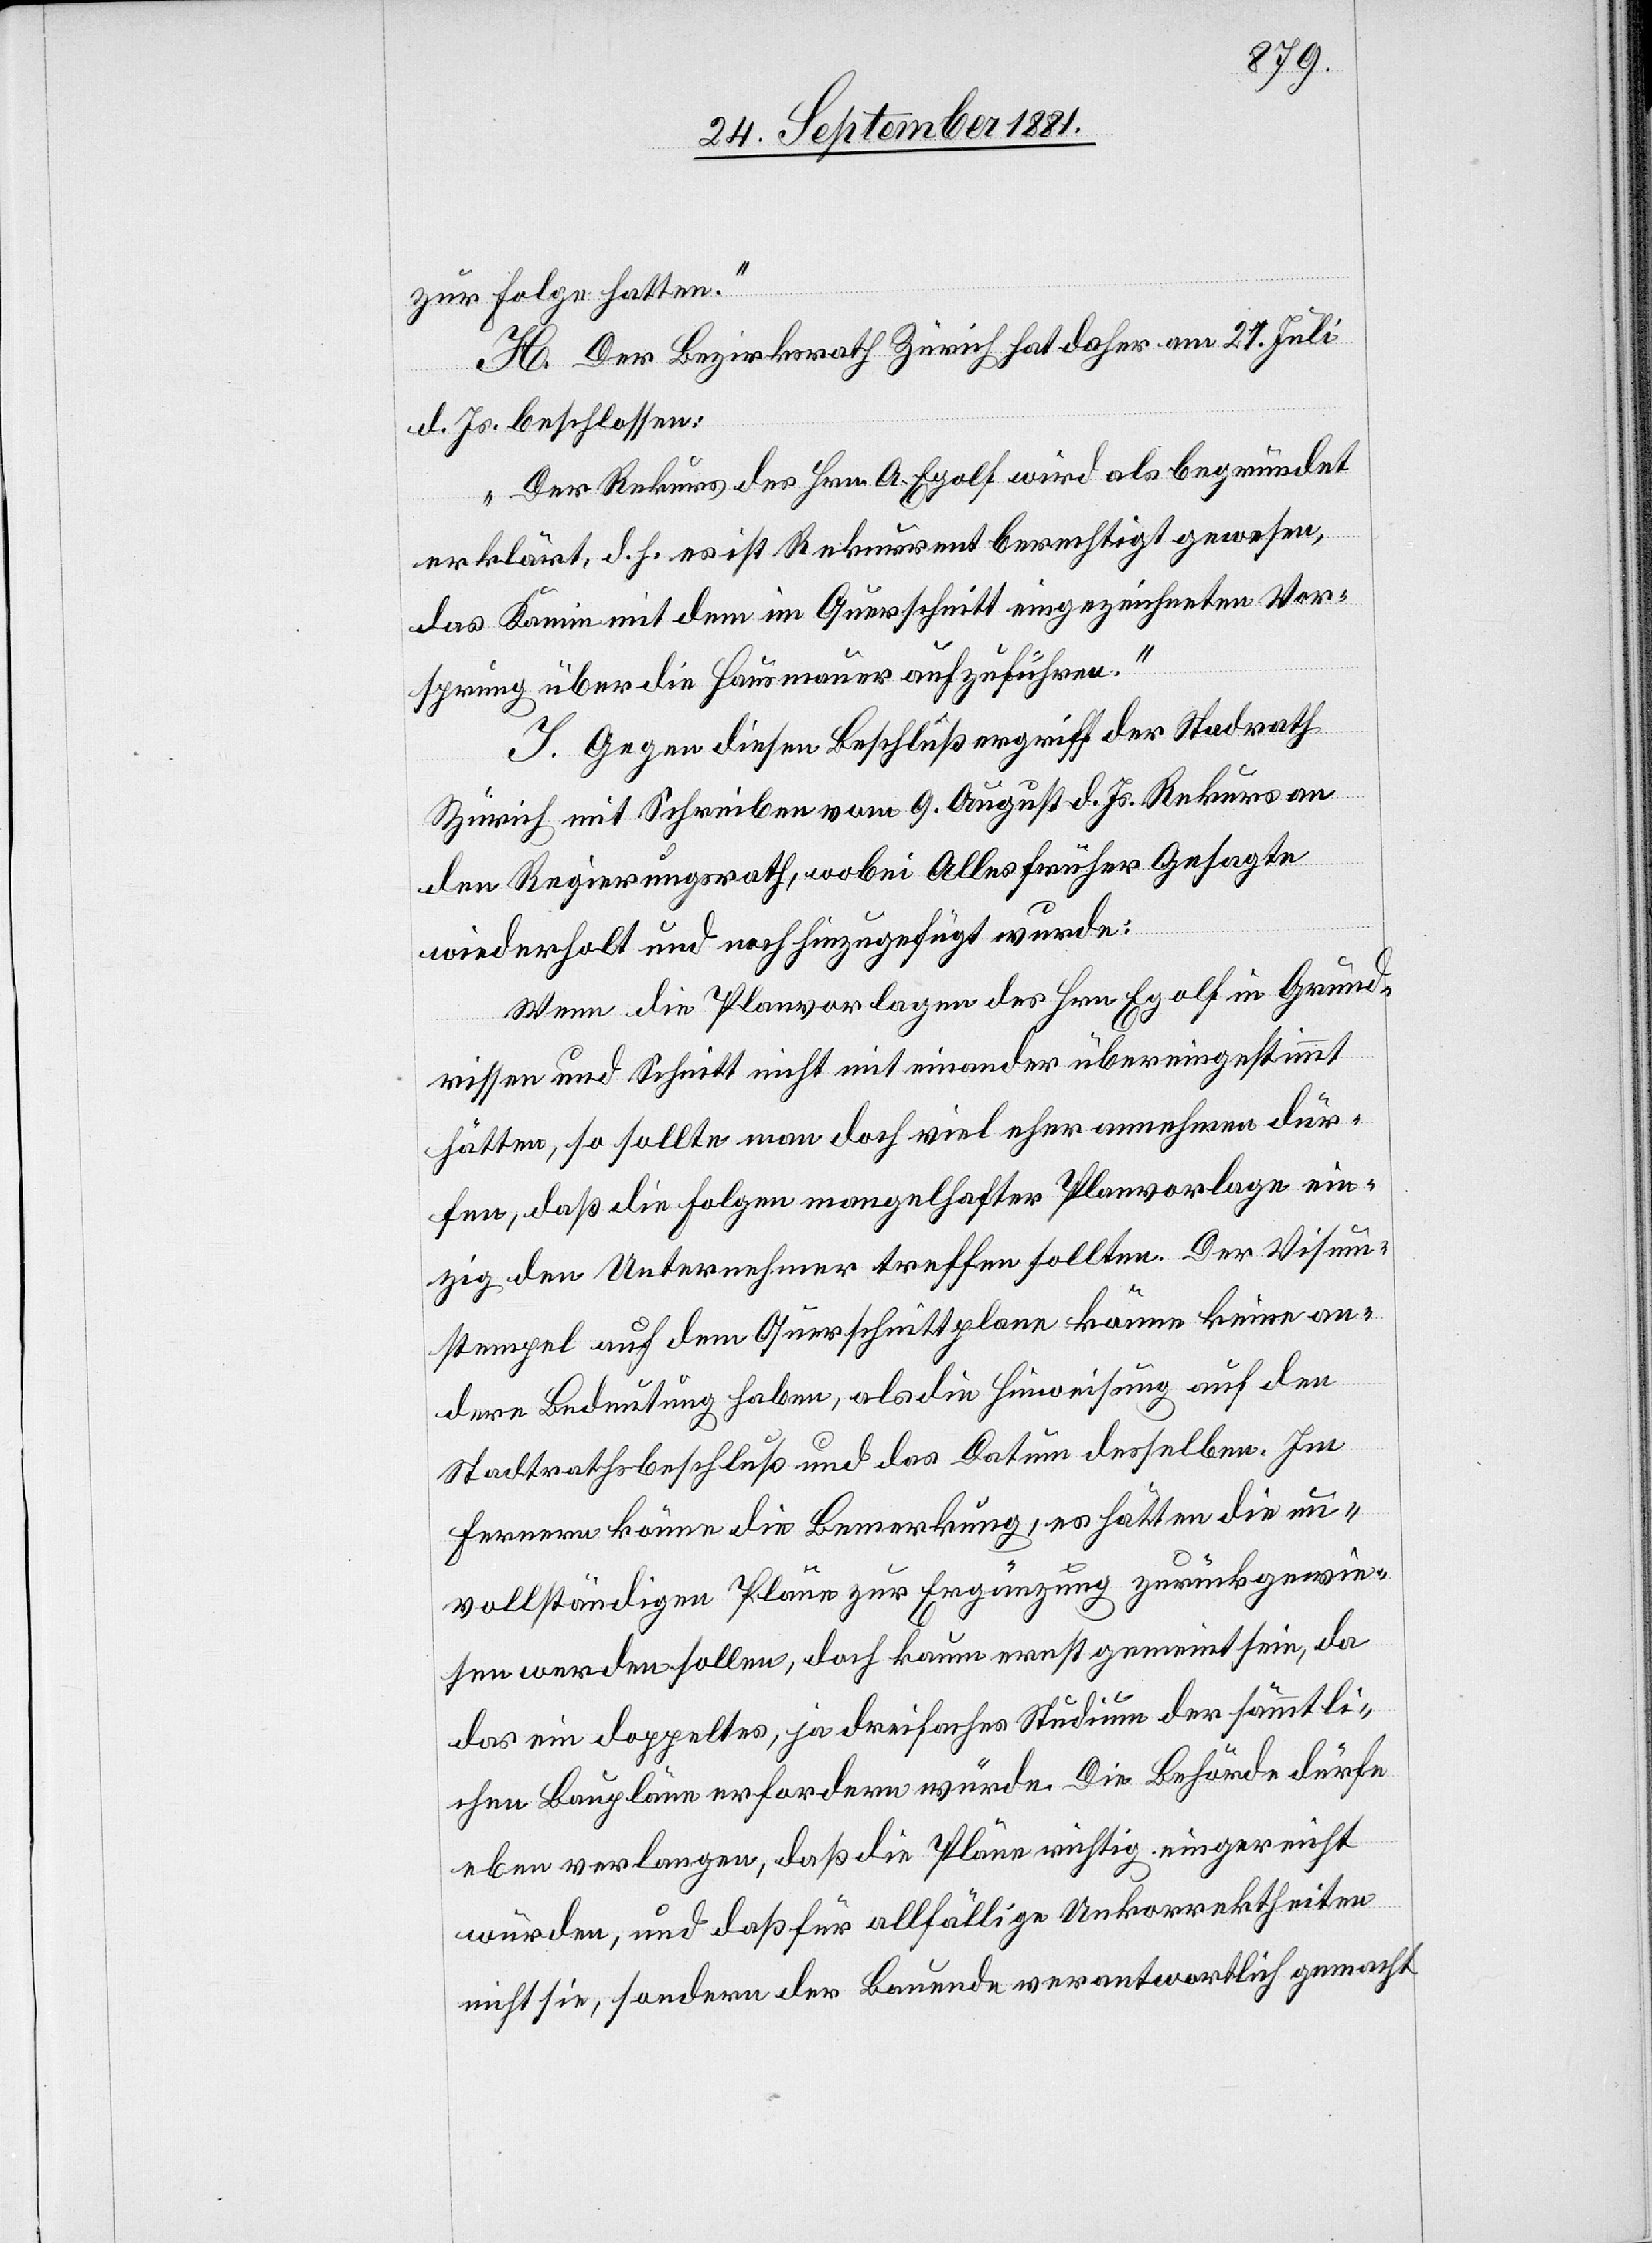
zur Folge hatten.“
H. Der Bezirksrath Zürich hat daher am 21. Juli
d. Js. beschlossen:
„Der Rekurs des Hrn. A. Egolf wird als begründet
erklärt, d. h. es ist Rekurrent berechtigt gewesen,
das Kamin mit dem im Querschnitt eingezeichneten Vor¬
sprung über die Hausmauer aufzuführen.“
J. Gegen diesen Beschluß ergriff der Stadtrath
Zürich mit Schreiben vom 9. August d. Js. Rekurs an
den Regierungsrath, wobei Alles früher Gesagte
wiederholt und noch hinzugefügt wurde:
Wenn die Planvorlagen des Hrn. Egolf in Grund¬
rissen und Schnitt nicht mit einander übereingestimmt
hätten, so sollte man doch viel eher annehmen dür¬
fen, daß die Folgen mangelhafter Planvorlage ein¬
zig den Unternehmer treffen sollten. Der Visum¬
stempel auf dem Querschnittplan könne keine an¬
dere Bedeutung haben, als die Hinweisung auf den
Stadtrathsbeschluß und das Datum desselben. Im
Fernern könne die Bemerkung, es hätten die un¬
vollständigen Pläne zur Ergänzung zurückgewie¬
sen werden sollen, doch kaum ernst gemeint sein, da
das ein doppeltes, ja dreifaches Studium der sämmtli¬
chen Baupläne erfordern würde. Die Behörde dürfe
eben verlangen, daß die Pläne richtig eingereicht
würden, und daß für allfällige Unkorrektheiten
nicht sie, sondern der Bauende verantwortlich gemacht